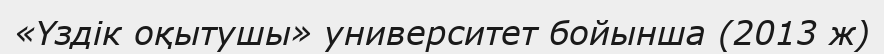
«Үздік оқытушы» университет бойынша (2013 ж)